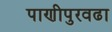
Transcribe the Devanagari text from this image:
पाणीपुरवढा